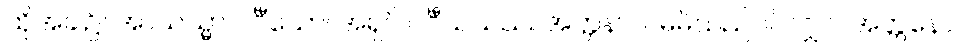
ထိုအခါ၌။ အာယသ္မာ ဝင်္ဂီသော၊ အရှင် ဝင်္ဂီသသည်။ အတ္တနာဝ၊ မိမိသည်ပင်လျှင်။ အတ္တနော၊